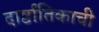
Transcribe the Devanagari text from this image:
दार्ष्टांतिकाची